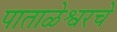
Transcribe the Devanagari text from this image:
पाताळेश्वरचे